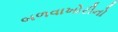
બળવાખોરીનો